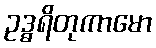
ဥဒ္ဓရိတုကာမော